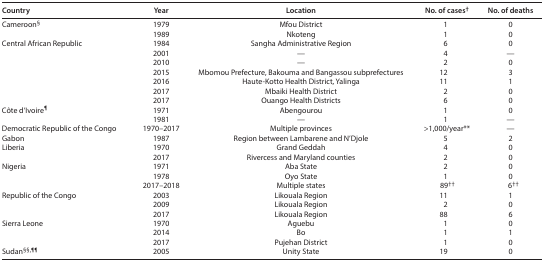
<table><thead><tr><td><b>Country</b></td><td><b>Year</b></td><td><b>Location</b></td><td><b>No. of cases<sup>†</sup></b></td><td><b>No. of deaths</b></td></tr></thead><tbody><tr><td rowspan="2">Cameroon<sup>§</sup></td><td>1979</td><td>Mfou District</td><td>1</td><td>0</td></tr><tr><td>1989</td><td>Nkoteng</td><td>1</td><td>0</td></tr><tr><td rowspan="7">Central African Republic</td><td>1984</td><td>Sangha Administrative Region</td><td>6</td><td>0</td></tr><tr><td>2001</td><td>—</td><td>4</td><td>—</td></tr><tr><td>2010</td><td>—</td><td>2</td><td>0</td></tr><tr><td>2015</td><td>Mbomou Prefecture, Bakouma and Bangassou subprefectures</td><td>12</td><td>3</td></tr><tr><td>2016</td><td>Haute-Kotto Health District, Yalinga</td><td>11</td><td>1</td></tr><tr><td>2017</td><td>Mbaiki Health District</td><td>2</td><td>0</td></tr><tr><td>2017</td><td>Ouango Health Districts</td><td>6</td><td>0</td></tr><tr><td rowspan="2">Côte d’Ivoire<sup>¶</sup></td><td>1971</td><td>Abengourou</td><td>1</td><td>0</td></tr><tr><td>1981</td><td>—</td><td>1</td><td>—</td></tr><tr><td>Democratic Republic of the Congo</td><td>1970–2017</td><td>Multiple provinces</td><td>&gt;1,000/year**</td><td>—</td></tr><tr><td>Gabon</td><td>1987</td><td>Region between Lambarene and N&#x27;Djole</td><td>5</td><td>2</td></tr><tr><td rowspan="2">Liberia</td><td>1970</td><td>Grand Geddah</td><td>4</td><td>0</td></tr><tr><td>2017</td><td>Rivercess and Maryland counties</td><td>2</td><td>0</td></tr><tr><td rowspan="3">Nigeria</td><td>1971</td><td>Aba State</td><td>2</td><td>0</td></tr><tr><td>1978</td><td>Oyo State</td><td>1</td><td>0</td></tr><tr><td>2017–2018</td><td>Multiple states</td><td>89<sup>††</sup></td><td>6<sup>††</sup></td></tr><tr><td rowspan="3">Republic of the Congo</td><td>2003</td><td>Likouala Region</td><td>11</td><td>1</td></tr><tr><td>2009</td><td>Likouala Region</td><td>2</td><td>0</td></tr><tr><td>2017</td><td>Likouala Region</td><td>88</td><td>6</td></tr><tr><td rowspan="3">Sierra Leone</td><td>1970</td><td>Aguebu</td><td>1</td><td>0</td></tr><tr><td>2014</td><td>Bo</td><td>1</td><td>1</td></tr><tr><td>2017</td><td>Pujehan District</td><td>1</td><td>0</td></tr><tr><td>Sudan<sup>§§,¶¶</sup></td><td>2005</td><td>Unity State</td><td>19</td><td>0</td></tr></tbody></table>